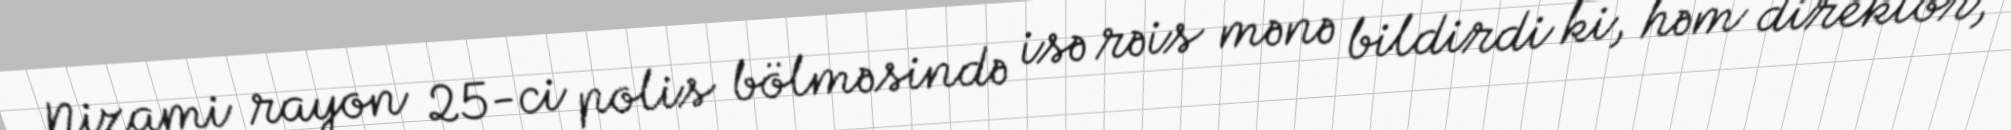
Nizami rayon 25-ci polis bölməsində isə rəis mənə bildirdi ki, həm direktor,